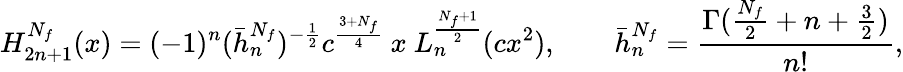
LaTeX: \mathnormal{H}_{2n+1}^{N_{f}}(x)=(-1)^{n}(\bar{h}_{n}^{N_{f}})^{-\frac{1}{2}}c^{\frac{3+N_{f}}{4}}\ x\ \mathnormal{L}_{n}^{\frac{N_{f}+1}{2}}(cx^{2}),\qquad\bar{h}_{n}^{N_{f}}=\frac{\Gamma(\frac{N_{f}}{2}+n+\frac{3}{2})}{n!},